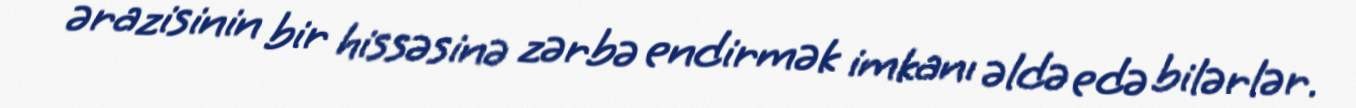
ərazisinin bir hissəsinə zərbə endirmək imkanı əldə edə bilərlər.